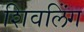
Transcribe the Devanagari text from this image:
शिवलिंंग